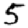
Digit: 5